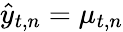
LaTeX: \hat{{y}}_{t,n}={{\mu}}_{t,n}